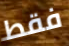
فقط